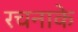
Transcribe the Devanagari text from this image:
रचनाके